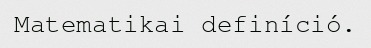
Matematikai definíció.